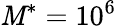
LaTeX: \mathit{M}^{*}=10^{6}